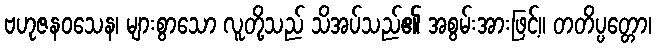
ဗဟုဇနဝသေန၊ များစွာသော လူတို့သည် သိအပ်သည်၏ အစွမ်းအားဖြင့်။ တတိပ္ပတ္တော၊